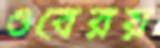
ওবেরয়